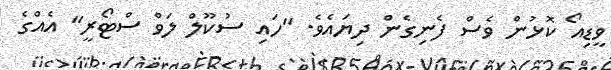
ވީޑިއޯ ކޮޅުން ވެސް ފެނިގެން ދިޔައެވެ. "ހައި ސުކޫލް ލަވް ސްޓޯރީ" އެއްގެ